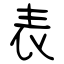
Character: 表